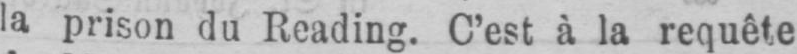
la prison du Reading. C’est à la requête